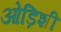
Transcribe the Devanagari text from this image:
ओड़िशी